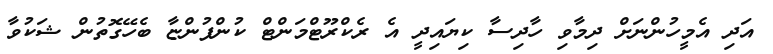
އަދި އެމީހުންނަށް ދިމާވި ހާދިސާ ކިޔައިދީ އެ ރެކްރޫޓްމަންޓް ކުންފުންޏާ ބެހޭގޮތުން ޝަކުވާ